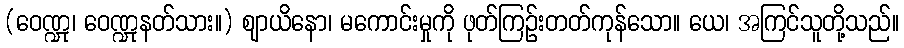
(ဝေဏ္ဍု၊ ဝေဏ္ဍုနတ်သား။) ဈာယိနော၊ မကောင်းမှုကို ဖုတ်ကြဉ်းတတ်ကုန်သော။ ယေ၊ အကြင်သူတို့သည်။